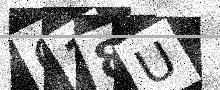
Text: C38U